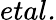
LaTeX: \textit{etal.}